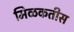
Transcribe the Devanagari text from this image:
मिळकतीस